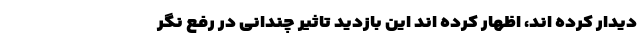
دیدار کرده اند، اظهار کرده اند این بازدید تاثیر چندانی در رفع نگر